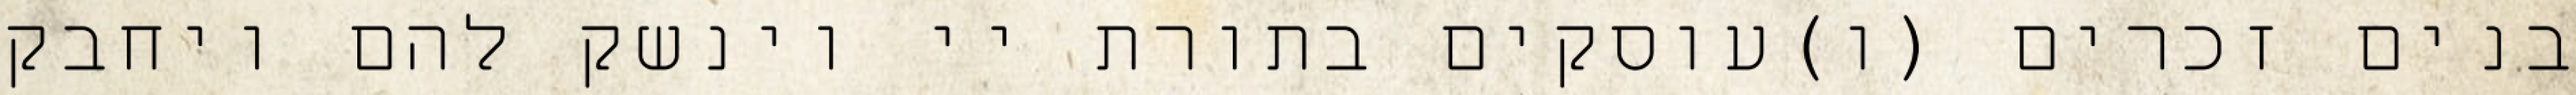
בנים זכרים (ו)עוסקים בתורת יי וינשק להם ויחבק